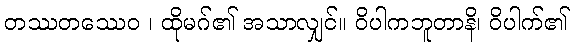
တဿတဿေဝ ၊ ထိုမဂ်၏ အသာလျှင်။ ဝိပါကဘူတာနိ၊ ဝိပါက်၏